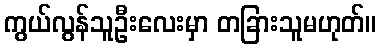
ကွယ်လွန်သူဦးလေးမှာ တခြားသူမဟုတ်။